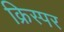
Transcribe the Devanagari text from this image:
क्रिस्पर